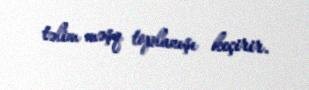
təlim məşq toplanışı keçirir.